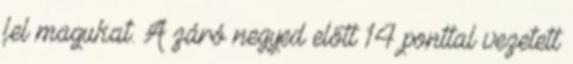
fel magukat. A záró negyed előtt 14 ponttal vezetett